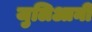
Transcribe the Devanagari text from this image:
जुलिआनी